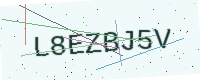
Text: L8EZBJ5V